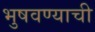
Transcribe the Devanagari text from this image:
भुषवण्याची